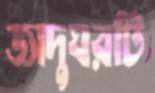
জাদুঘরটি